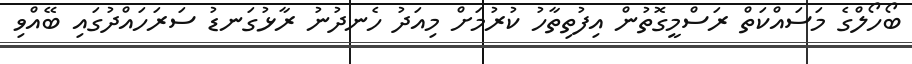
ބޯހޯލްގެ މަސައްކަތް ރަސްމީގޮތުން އިފުތިތާހު ކުރުމަށް މިއަދު ހެނދުނު ރާޅުގަނޑު ސަރަހައްދުގައި ބޭއްވި